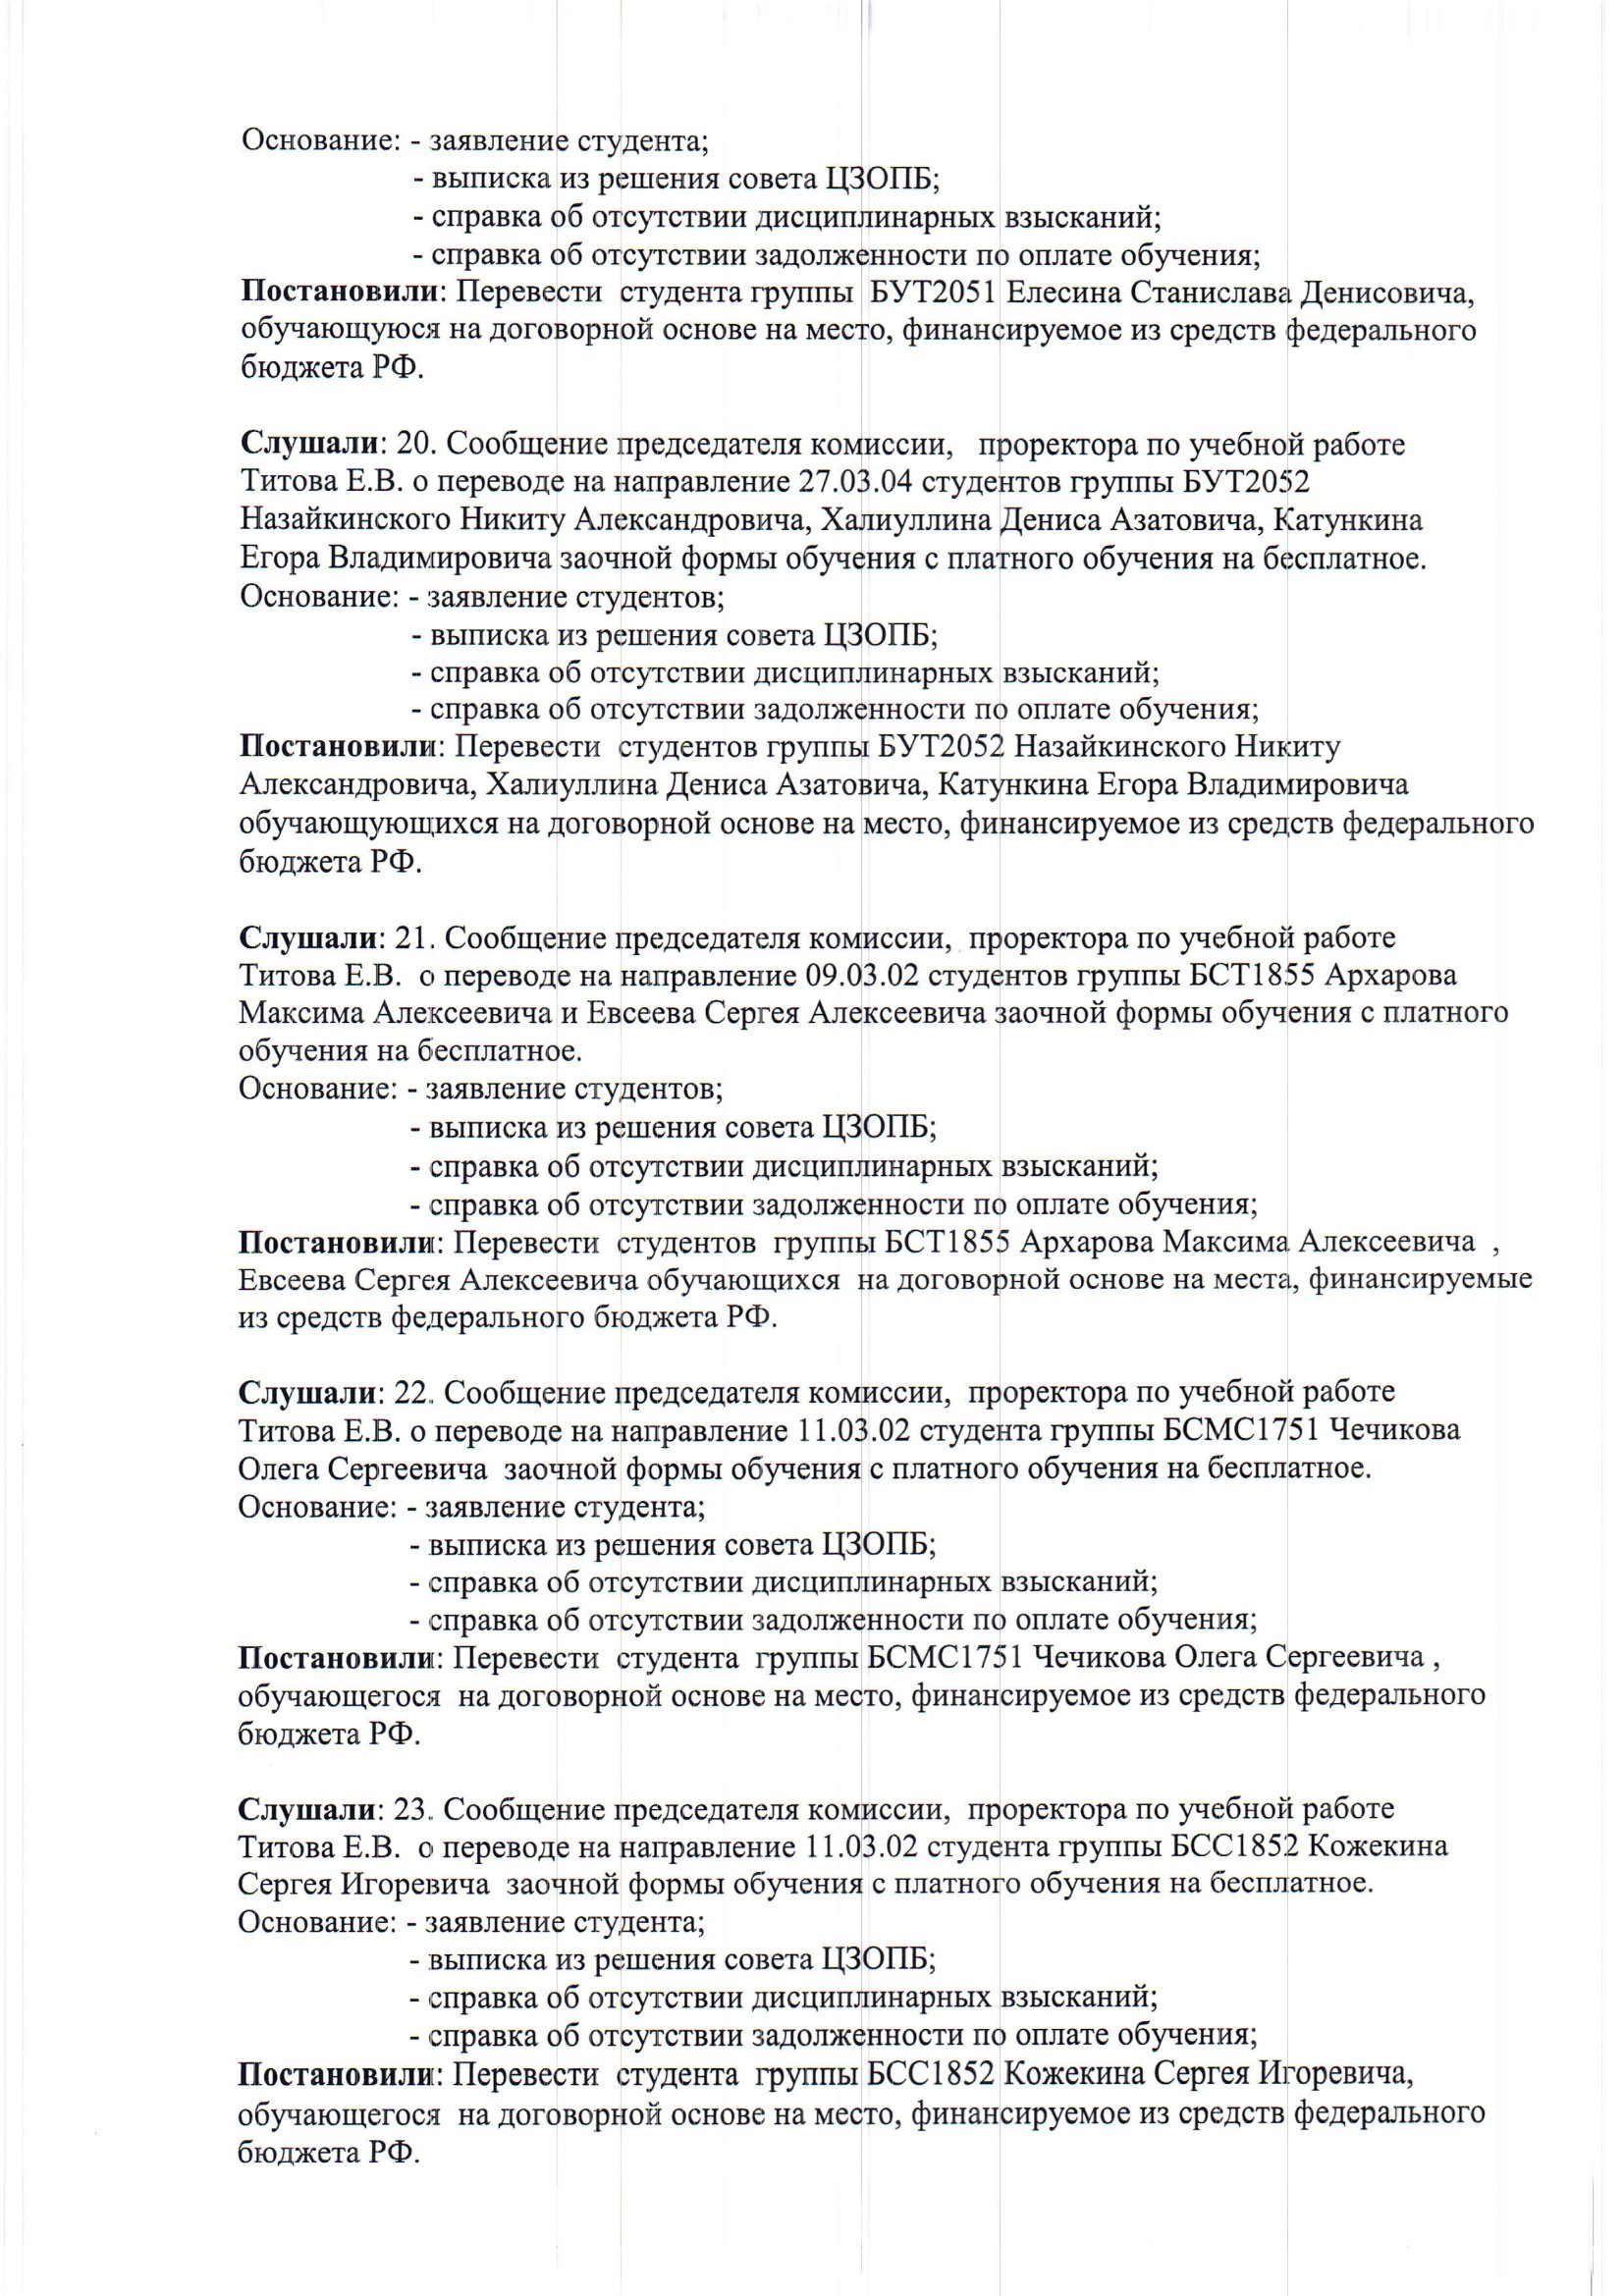
Language: ru